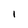
Character: l